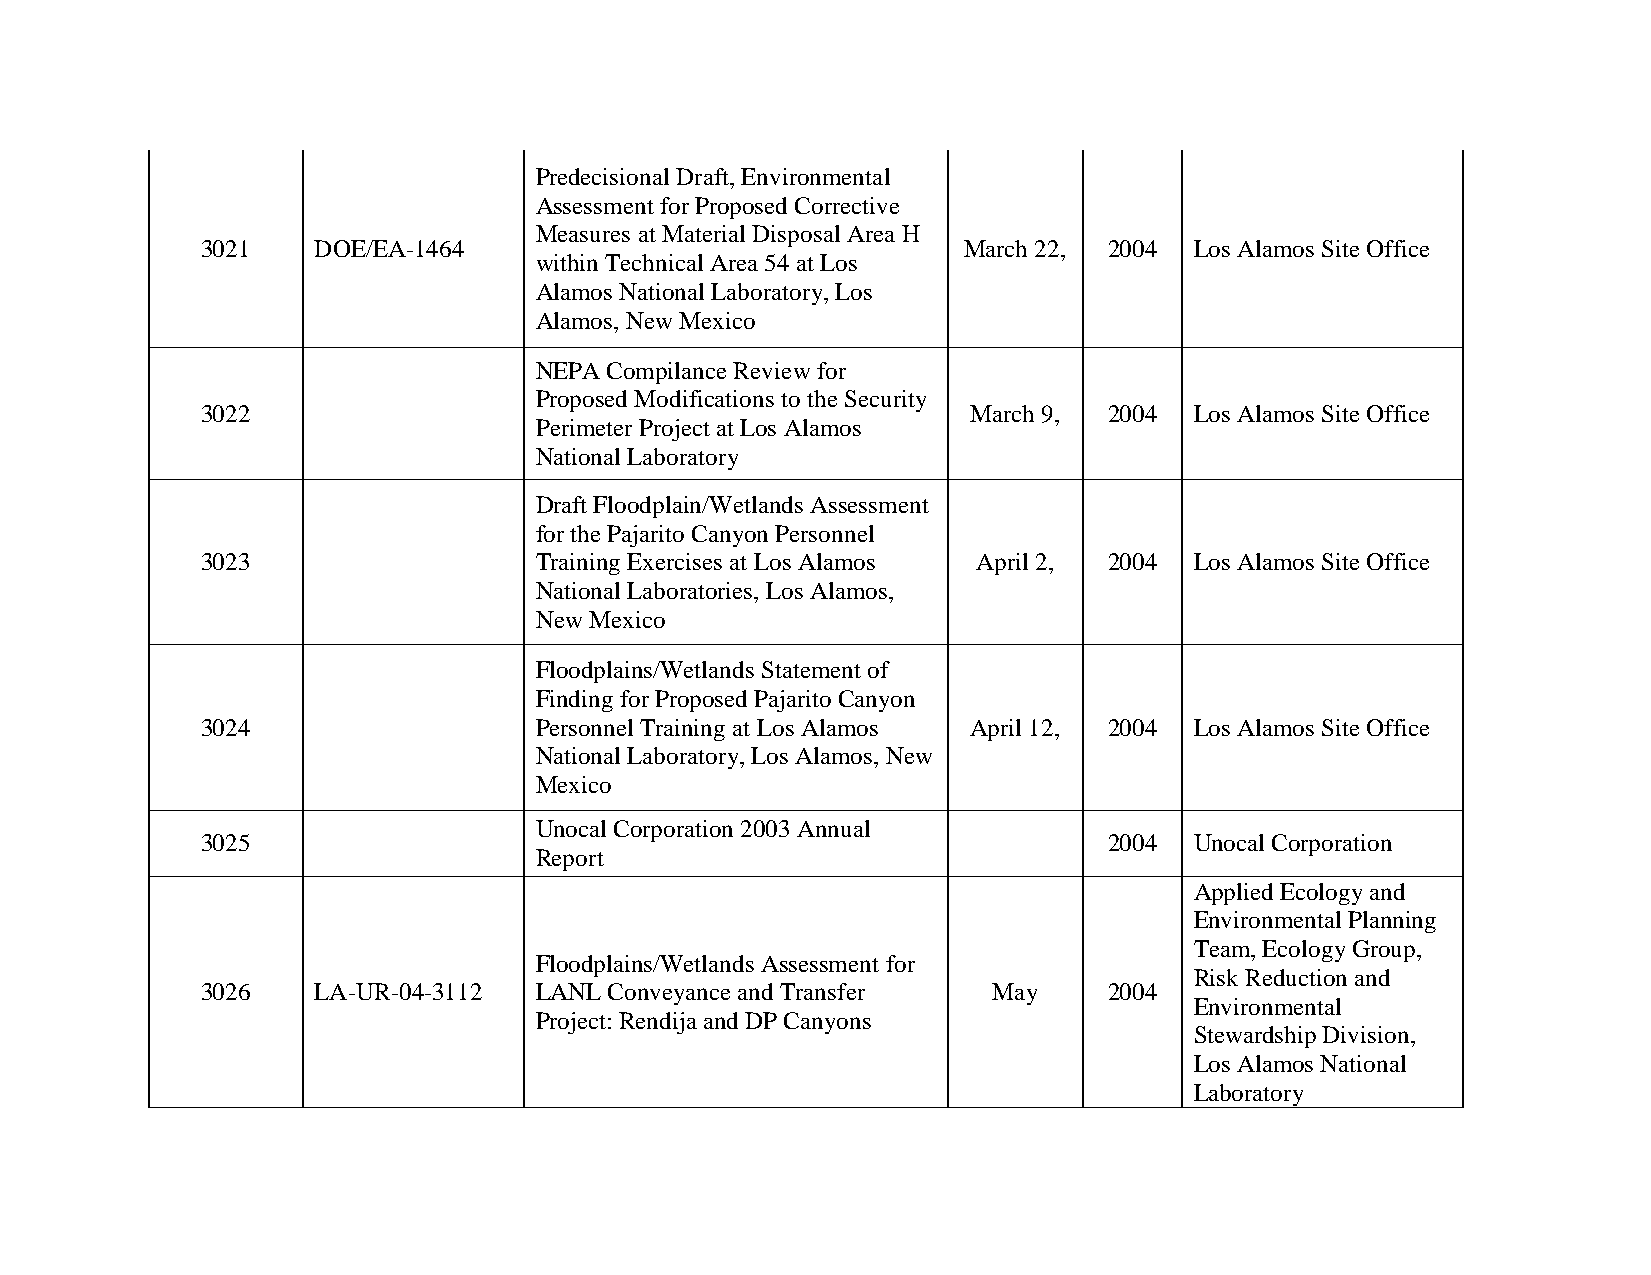
Predecisional Draft, Environmental
 Assessment for Proposed Corrective
 Measures at Material Disposal Area H
 3021    DOE/EA-1464                                March 22, 2004 Los Alamos Site Office
 within Technical Area 54 at Los
 Alamos National Laboratory, Los
 Alamos, New Mexico
 NEPA Compilance Review for
 Proposed Modifications to the Security
 3022                                               March 9, 2004  Los Alamos Site Office
 Perimeter Project at Los Alamos
 National Laboratory
 Draft Floodplain/Wetlands Assessment
 for the Pajarito Canyon Personnel
 3023                  Training Exercises at Los Alamos April 2, 2004 Los Alamos Site Office
 National Laboratories, Los Alamos,
 New Mexico
 Floodplains/Wetlands Statement of
 Finding for Proposed Pajarito Canyon
 3024                  Personnel Training at Los Alamos April 12, 2004 Los Alamos Site Office
 National Laboratory, Los Alamos, New
 Mexico
 Unocal Corporation 2003 Annual
 3025                                                        2004  Unocal Corporation
 Report
 Applied Ecology and
 Environmental Planning
 Team, Ecology Group,
 Floodplains/Wetlands Assessment for
 Risk Reduction and
 3026    LA-UR-04-3112 LANL Conveyance and Transfer   May    2004
 Environmental
 Project: Rendija and DP Canyons
 Stewardship Division,
 Los Alamos National
 Laboratory